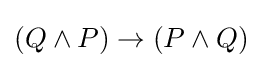
(Q\land P)\to (P\land Q)